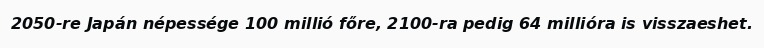
2050-re Japán népessége 100 millió főre, 2100-ra pedig 64 millióra is visszaeshet.